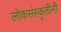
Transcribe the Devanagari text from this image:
लोकसंस्कृतींनी